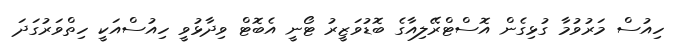
ހިއުސް މަރުވުމާ ގުޅިގެން އޮސްޓްރޭލިއާގެ ބޮޑުވަޒީރު ޓޯނީ އެބޮޓް ވިދާޅުވީ ހިއުސްއަކީ ހިތްވަރުގަދަ